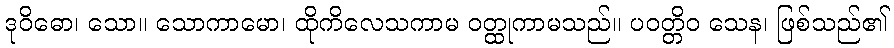
ဒုဝိဓော၊ သော။ သောကာမော၊ ထိုကိလေသကာမ ဝတ္ထုကာမသည်။ ပဝတ္တိဝ သေန၊ ဖြစ်သည်၏